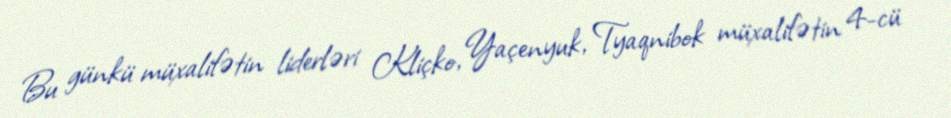
Bu günkü müxalifətin liderləri Kliçko, Yaçenyuk, Tyaqnibok müxalifətin 4-cü